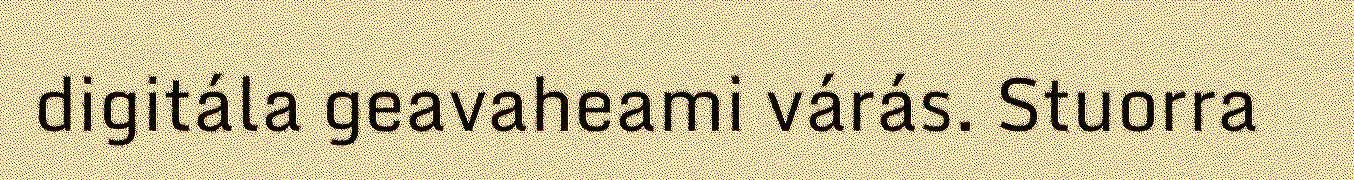
digitála geavaheami várás. Stuorra